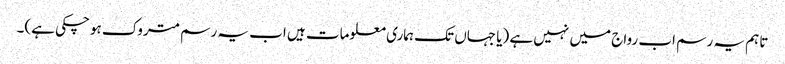
تاہم یہ رسم اب رواج میں نہیں ہے (یا جہاں تک ہماری معلومات ہیں اب یہ رسم متروک ہوچکی ہے)۔